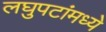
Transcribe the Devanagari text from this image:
लघुपटांमध्ये